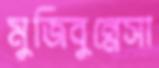
মুজিবুন্নেসা